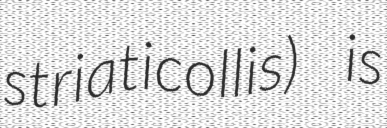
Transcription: striaticollis) is